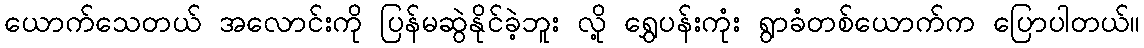
ယောက်သေတယ် အလောင်းကို ပြန်မဆွဲနိုင်ခဲ့ဘူး လို့ ရွှေပန်းကုံး ရွာခံတစ်ယောက်က ပြောပါတယ်။